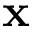
{ \bf x }